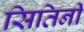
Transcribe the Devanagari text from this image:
सितिनी